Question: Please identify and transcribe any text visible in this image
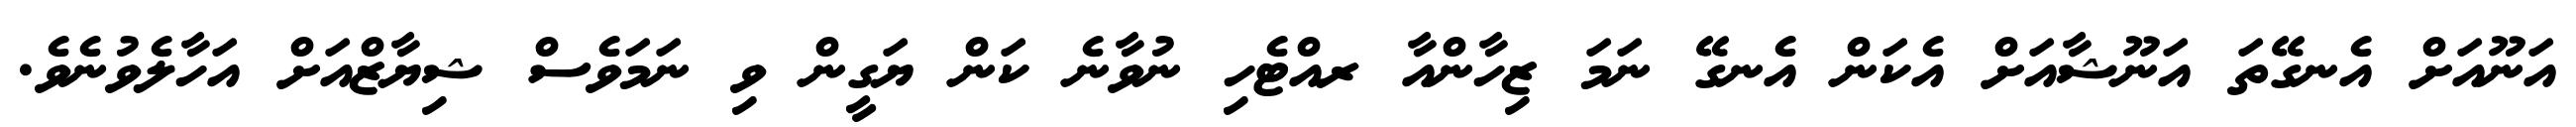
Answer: އަނޫއަށް އެނގޭތަ އަނޫޝާއަށް އެކަން އެނގޭ ނަމަ ޒިހާންއާ ރއްޓެހި ނުވާނެ ކަން ޔަގީން ވި ނަމަވެސް ޝިޔާޒްއަށް އަހާލެވުނެވެ.